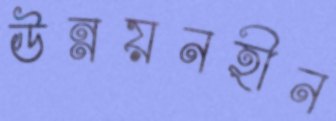
উন্নয়নহীন